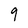
Character: 9